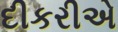
દીકરીએ